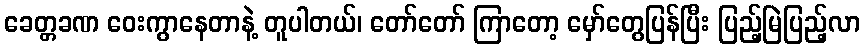
ခေတ္တခဏ ဝေးကွာနေတာနဲ့ တူပါတယ်၊ တော်တော် ကြာတော့ မှော်တွေပြန်ပြီး ပြည့်မြဲပြည့်လာ